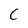
Character: C